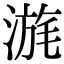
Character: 𣹪